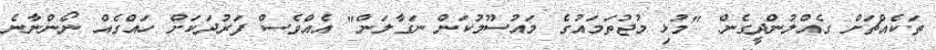
ތަކެއްޗަށް ގެއްލުންދީގެން "މުޅި މުޖުތަމައުގެ މައުސޫމުކަން ނަގާލަން" އެއްވެސް ފަރުދަކަށް ހައްގެއް ނޯންނާނެ